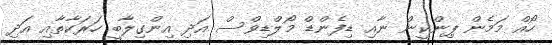
ހޯއް މަމެން ޕިންކީން ނާއި ޑިފެންޑް މޯލްޑިވްސް އަދި އިންގިލާބީ ހަރަކާތާއި އަދި